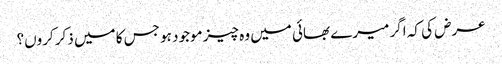
عرض کی کہ اگر میرے بھائی میں وہ چیز موجود ہو جس کا میں ذکر کروں؟